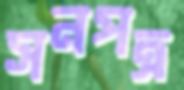
সনপত্র